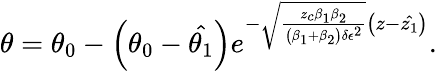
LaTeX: \theta=\theta_{0}-\left(\theta_{0}-\hat{\theta_{1}}\right)e^{-\sqrt{\frac{z_{c}\beta_{1}\beta_{2}}{\left(\beta_{1}+\beta_{2}\right)\delta\epsilon^{2}}}\left(z-\hat{z_{1}}\right)}.